system: You are a helpful assistant.
user:
Analyze the provided spectrum to determine if it is a **Carbon Star (C-type)**.

- **Key Visual Indicators of Carbon Star:**
    - **(Primary):** Strong molecular absorption from **C₂ (diatomic carbon) "Swan Bands."** This is the **defining feature** of a carbon star.
        - **(Key Bandheads):** Sharp absorption edges are visible at approximately $5635$ Å, $5165$ Å (the strongest band), and $4737$ Å.
        - **(Line Profile):** Creates a distinct **"saw-tooth"** pattern. The key morphology is a sharp, steep bandhead on the **red (long-wavelength) side**, which then gradually tapers off (i.e., flux recovers) towards the **blue (short-wavelength) side**. *(This is the direct opposite of the TiO bands seen in M-type stars)*.

    - **(Secondary):** Intense **CN (cyanogen)** molecular absorption bands.
        - **(Key Bandheads):** Located in the blue and violet regions of the spectrum (e.g., near $4215$ Å and $3883$ Å).
        - **(Morphology):** These bands are extremely broad and act as a "blanket," absorbing the vast majority of blue and violet light. This creates a characteristic **"cliff"** or **"steep drop-off"** in the spectrum's flux at short wavelengths.

    - **(Key Confirmation):** Strong **CH absorption band (G-band)**.
        - **(Key Bandhead):** Located around $4300$ Å. The contribution from CH molecules to this band is exceptionally strong.

    - **(Overall Spectrum):**
        - The continuum is severely "chopped up" by these deep molecular bands, especially C₂, rather than appearing as a smooth curve.
        - Due to the heavy CN and C₂ absorption in the blue-green, the vast majority of the star's flux is concentrated in the red part of the spectrum, giving the star its characteristic deep red color.

Think first, call **spectral_visualization_tool** if needed to examine features in detail, then provide your final answer. Your response must adhere to the following strict rules:
1.  **Overall Structure:** Your response must follow the format `<think>...</think> <tool_call>...</tool_call> (if a tool is used) <answer>...</answer>`.
2.  **Tool Usage Constraint:** You may only make **one** tool call per turn.
3.  **Final Answer Format:** In the `<answer>` tag, your conclusion must be inside a `\boxed{}` command (e.g., `\boxed{YES}`), followed by your justification.

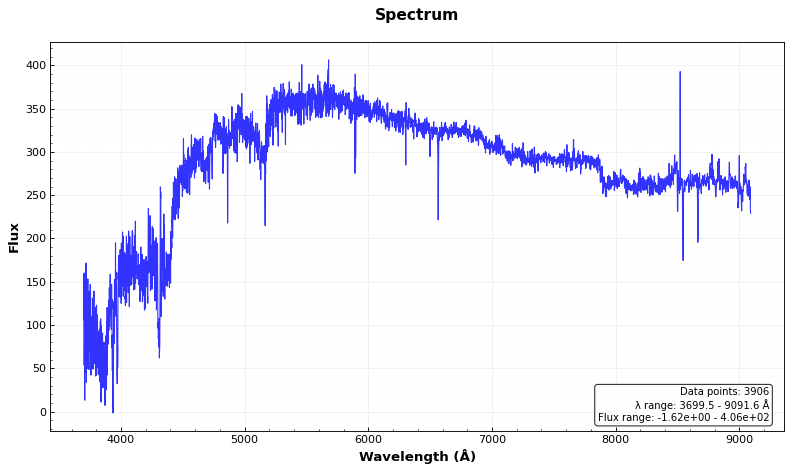
Answer: YES